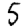
Digit: 5